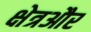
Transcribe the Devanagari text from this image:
क्षेत्रऔर